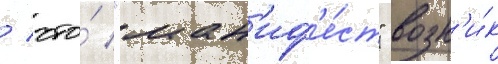
/ что́ "ман'иф'е́ст" возн'и́к